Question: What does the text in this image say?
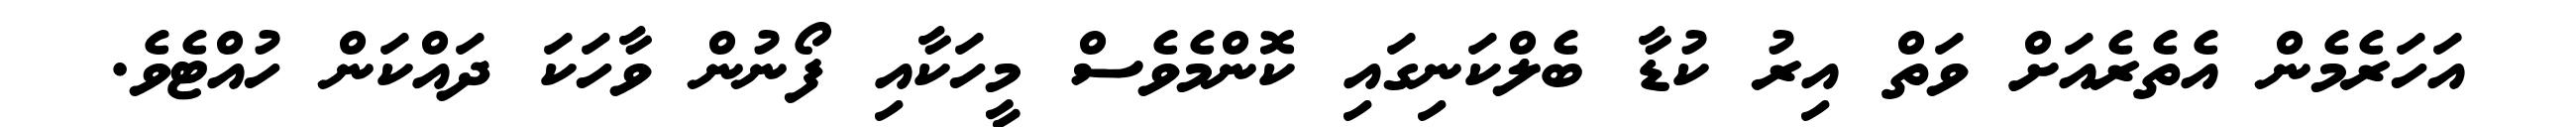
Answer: އަހަރެމެން އެތެރެއަށް ވަތް އިރު ކުޑާ ބެލްކަނިގައި ކޮންމެވެސް މީހަކާއި ފޯނުން ވާހަކަ ދައްކަން ހުއްޓެވެ.